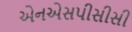
એનએસપીસીસી